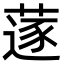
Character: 蓫